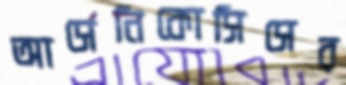
আর্সেনিকোসিসের